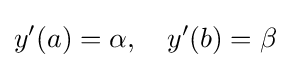
y'(a)=\alpha ,\quad y'(b)=\beta